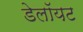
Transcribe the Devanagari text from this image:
डेलॉयट